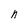
Character: n